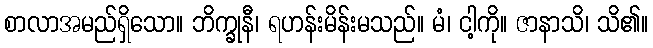
စာလာအမည်ရှိသော။ ဘိက္ခုနီ၊ ရဟန်းမိန်းမသည်။ မံ၊ ငါ့ကို။ ဇာနာသိ၊ သိ၏။